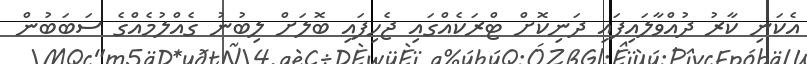
އެކަނި ކާރު ދުއްވާލައިފައި ދަނިކޮށް ޓްރަކެއްގައި ޖެހިފައި ބޮލަށް ލިބުނު ގެއްލުމެއްގެ ސަބަބުން